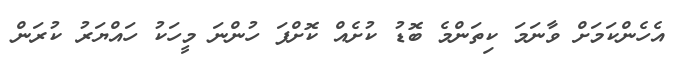
އެހެންކަމަށް ވާނަމަ ކިތަންމެ ބޮޑު ކުށެއް ކޮށްފަ ހުންނަ މީހަކު ހައްޔަރު ކުރަން